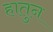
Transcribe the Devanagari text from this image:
हातुन